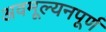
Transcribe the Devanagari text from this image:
अवमूल्यनपूर्ण